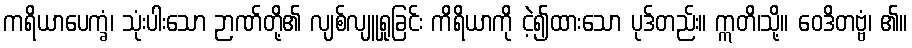
ကရိယာပေက္ခံ၊ သုံးပါးသော ဉာဏ်တို့၏ လျစ်လျူရှုခြင်း ကိရိယာကို ငဲ့၍ထားသော ပုဒ်တည်း။ ဣတိ၊သို့။ ဝေဒိတဗ္ဗံ၊ ၏။